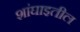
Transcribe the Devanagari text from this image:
शांघाइतील